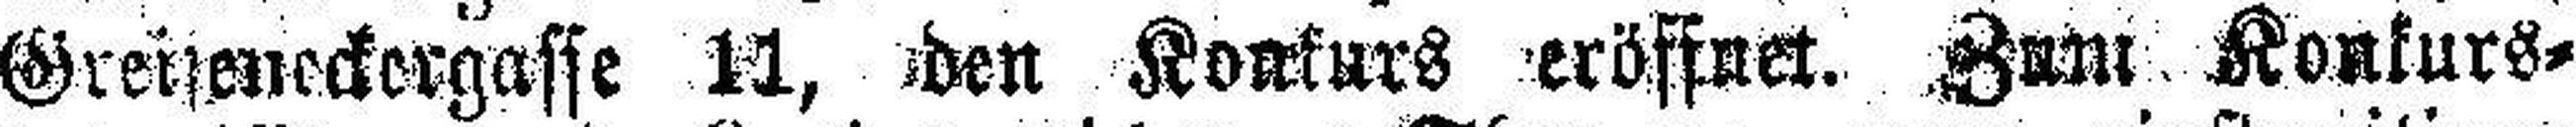
Greiseneckergasse 11, den Konkurs eröffnet. Zum Konkurs¬